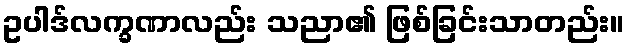
ဥပါဒ်လက္ခဏာလည်း သညာ၏ ဖြစ်ခြင်းသာတည်း။